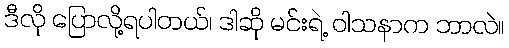
ဒီလို ပြောလို့ရပါတယ်၊ ဒါဆို မင်းရဲ့ ဝါသနာက ဘာလဲ။